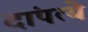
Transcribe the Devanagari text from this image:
दांपत्ये